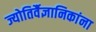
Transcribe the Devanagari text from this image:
ज्योतिर्वैज्ञानिकांना